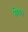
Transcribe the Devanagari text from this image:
रोया।